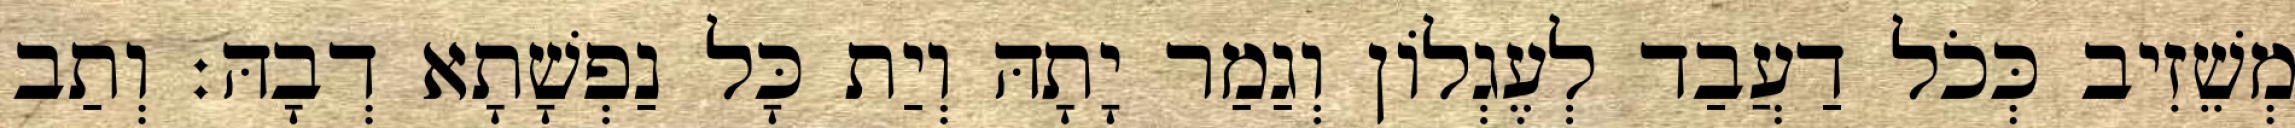
מְשֵׁזִיב כְּכֹל דַעֲבַד לְעֶגְלוֹן וְגַמַר יָתָהּ וְיַת כָּל נַפְשָׁתָא דְבָהּ׃ וְתַב